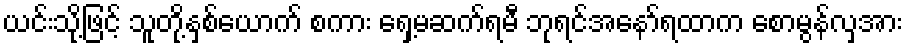
ယင်းသို့ဖြင့် သူတို့နှစ်ယောက် စကား ရှေ့မဆက်ရမီ ဘုရင်အနော်ရထာက စောမွန်လှအား